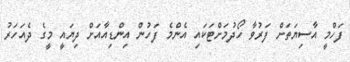
ފަހްމީ އާސިޔަތަށް ފަރުވާ ހޯދުމަށްޓަކައި އެންމެ ފަހުން އިންޑިއާއަށް ދިޔައީ މީގެ ދެއަހަރު